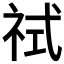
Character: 𰧶